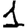
Digit: 1